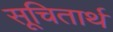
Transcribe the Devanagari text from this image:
सूचितार्थ